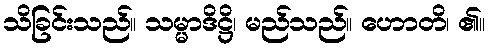
သိခြင်းသည်။ သမ္မာဒိဋ္ဌိ၊ မည်သည်။ ဟောတိ၊ ၏။